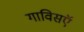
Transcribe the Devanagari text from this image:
गाविसऍ